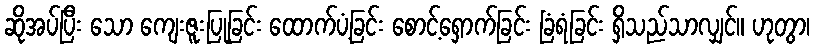
ဆိုအပ်ပြီး သော ကျေးဇူးပြုခြင်း ထောက်ပံ့ခြင်း စောင့်ရှောက်ခြင်း ခြံရံခြင်း ရှိသည်သာလျှင်။ ဟုတွာ၊